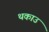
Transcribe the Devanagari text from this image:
थकाउ